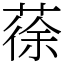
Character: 蒣